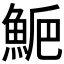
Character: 𩷁